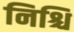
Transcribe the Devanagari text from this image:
निश्चि